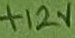
Text: +12V